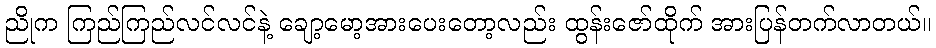
ညိုက ကြည်ကြည်လင်လင်နဲ့ ချော့မော့အားပေးတော့လည်း ထွန်းဇော်ထိုက် အားပြန်တက်လာတယ်။